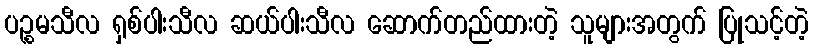
ပဉ္စမသီလ ရှစ်ပါးသီလ ဆယ်ပါးသီလ ဆောက်တည်ထားတဲ့ သူများအတွက် ပြုသင့်တဲ့